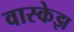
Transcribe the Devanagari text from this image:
वास्केझ